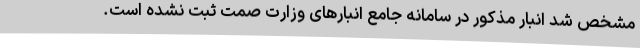
مشخص شد انبار مذکور در سامانه جامع انبارهای وزارت صمت ثبت نشده است.